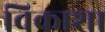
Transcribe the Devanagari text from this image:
विकाश।